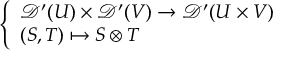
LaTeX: \left\{ \begin{array} { l l } { { \mathcal { D } } ^ { \prime } ( U ) \times { \mathcal { D } } ^ { \prime } ( V ) \to { \mathcal { D } } ^ { \prime } ( U \times V ) } \\ { ( S , T ) \mapsto S \otimes T } \end{array} \right.